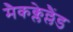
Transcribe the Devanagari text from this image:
मैकक्लेल्लैंड